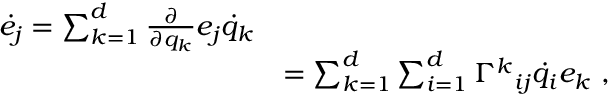
{ \begin{array} { r l } { { \dot { \boldsymbol { e _ { j } } } } = \sum _ { k = 1 } ^ { d } { \frac { \partial } { \partial q _ { k } } } { \boldsymbol { e _ { j } } } { \dot { q } } _ { k } } \\ & { = \sum _ { k = 1 } ^ { d } \sum _ { i = 1 } ^ { d } { \Gamma ^ { k } } _ { i j } { \dot { q } } _ { i } { \boldsymbol { e _ { k } } } \ , } \end{array} }